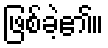
ဖြစ်ခဲ့၏။